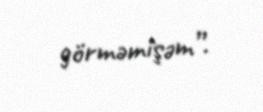
görməmişəm”.